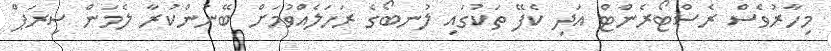
މިހާރުވެސް ރެސްޓޯރެންޓް އަދި ކެފޭ ތަކުގައި ލުނބޯގެ ރަހަލެއްވުމަށް ބޭނުންކުރާ ލެމަން ސިރަޕް